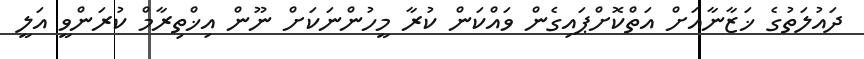
ދައުލަތުގެ ޚަޒާނާއަށް އަތްކޮށްޕައިގެން ވައްކަން ކުރާ މީހުންނަކަށް ނޫން އިޚްތިރާމް ކުރަންވީ އަލީ